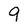
Character: 9